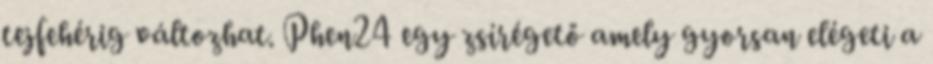
tejfehérig változhat. Phen24 egy zsírégető amely gyorsan elégeti a